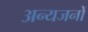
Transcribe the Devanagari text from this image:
अन्यजनों